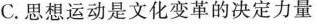
C.思想运动是文化变革的决定力量